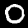
Digit: 0